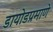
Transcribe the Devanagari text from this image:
डायोडप्रमाणे